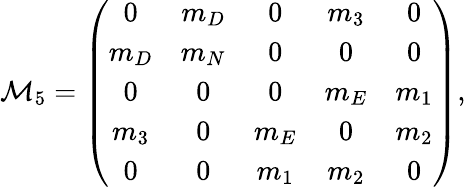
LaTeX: {\cal M}_{5}=\left(\begin{array}{ccccc}{{0}}&{{m_{D}}}&{{0}}&{{m_{3}}}&{{0}}\\ {{m_{D}}}&{{m_{N}}}&{{0}}&{{0}}&{{0}}\\ {{0}}&{{0}}&{{0}}&{{m_{E}}}&{{m_{1}}}\\ {{m_{3}}}&{{0}}&{{m_{E}}}&{{0}}&{{m_{2}}}\\ {{0}}&{{0}}&{{m_{1}}}&{{m_{2}}}&{{0}}\end{array}\right),